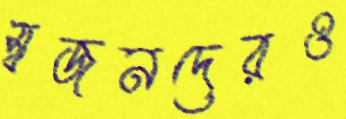
স্বজনদেরও